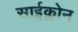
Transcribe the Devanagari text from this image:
साईक्लोन